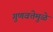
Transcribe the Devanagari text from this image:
गुणवत्तेमुळे